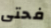
فحتى